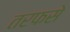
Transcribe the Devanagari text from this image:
तरफसे